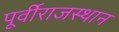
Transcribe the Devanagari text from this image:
पूर्वीराजस्थान